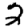
Digit: 2